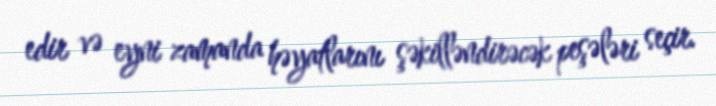
edir və eyni zamanda həyatlarını şəkilləndirəcək peşələri seçir.